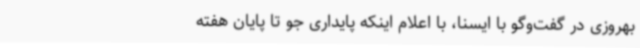
بهروزی در گفت‌وگو با ایسنا، با اعلام اینکه پایداری جو تا پایان هفته